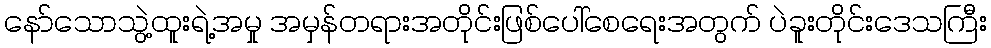
နော်သောသွဲ့ထူးရဲ့အမှု အမှန်တရားအတိုင်းဖြစ်ပေါ်စေရေးအတွက် ပဲခူးတိုင်းဒေသကြီး